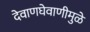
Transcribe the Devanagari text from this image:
देवाणघेवाणीमुळे